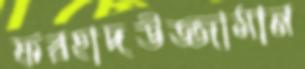
ফরহাদউজ্জামান